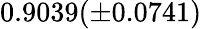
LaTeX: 0.9039(\pm 0.0741)